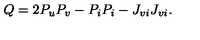
Q = 2 P _ { u } P _ { v } - P _ { i } P _ { i } - J _ { v i } J _ { v i } .